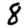
Digit: 8